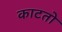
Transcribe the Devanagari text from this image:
काटतो